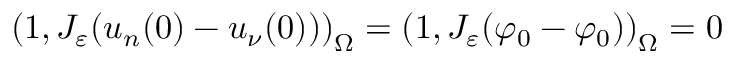
\left( 1 , J _ { \varepsilon } ( u _ { n } ( 0 ) - u _ { \nu } ( 0 ) ) \right) _ { \Omega } = \left( 1 , J _ { \varepsilon } ( \varphi _ { 0 } - \varphi _ { 0 } ) \right) _ { \Omega } = 0